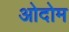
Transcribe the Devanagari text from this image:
ओदोम